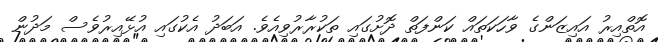
އޮތްއިރު އައިޒަންގެ ވާހަކަތައް ކަންފަތް ދޮށުގައި ތަކުރާރުވިއެވެ. އަބަދު އެކުގައި އުޅޭއިރުވެސް މަދުން